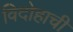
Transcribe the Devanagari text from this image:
विदोहाची